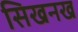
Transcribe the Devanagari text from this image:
सिखनख